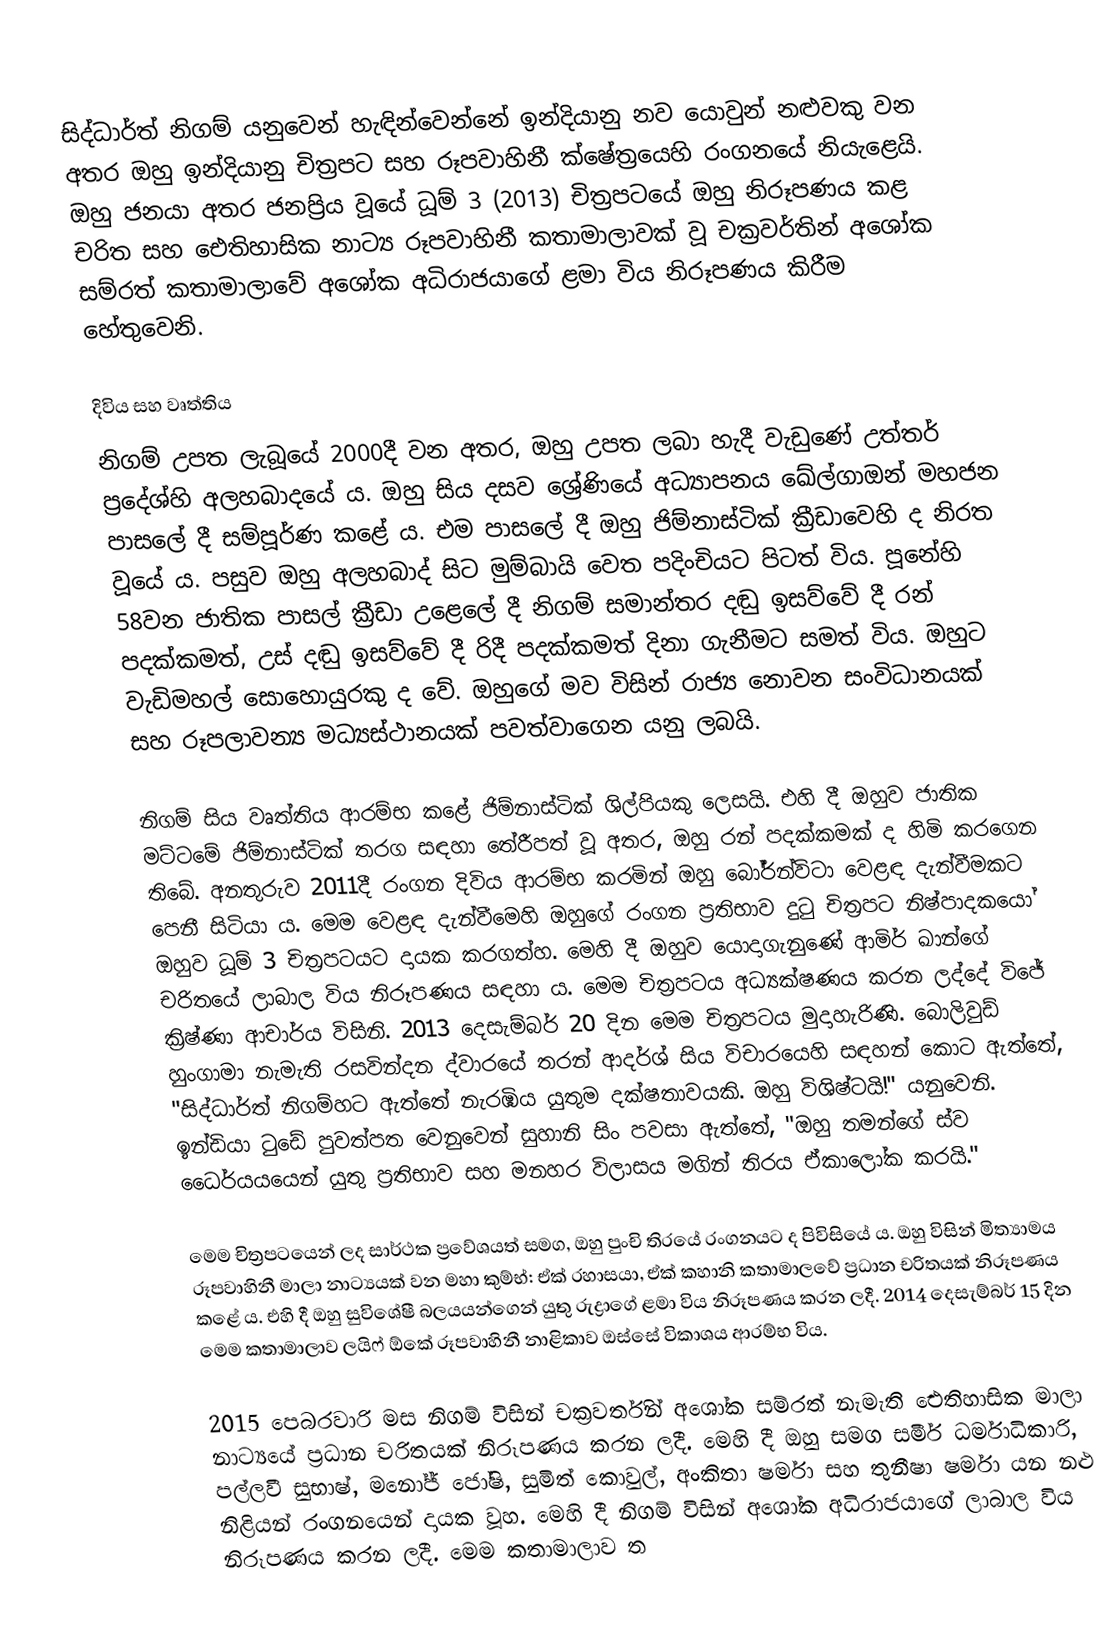
සිද්ධාර්ත් නිගම් යනුවෙන් හැඳින්වෙන්නේ ඉන්දියානු නව යොවුන් නළුවකු වන අතර ඔහු ඉන්දියානු චිත්‍රපට සහ රූපවාහිනී ක්ෂේත්‍රයෙහි රංගනයේ නියැළෙයි. ඔහු ජනයා අතර ජනප්‍රිය වූයේ ධූම් 3 (2013) චිත්‍රපටයේ ඔහු නිරූපණය කළ චරිත සහ ඓතිහාසික නාට්‍ය රූපවාහිනී කතාමාලාවක් වූ චක්‍රවර්තින් අශෝක සම්රත් කතාමාලාවේ අශෝක අධිරාජයාගේ ළමා විය නිරූපණය කිරීම හේතුවෙනි.

දිවිය සහ වෘත්තිය
නිගම් උපත ලැබූයේ 2000දී වන අතර, ඔහු උපත ලබා හැදී වැඩුණේ උත්තර් ප්‍රදේශ්හි අලහබාදයේ ය. ඔහු සිය දසව ශ්‍රේණියේ අධ්‍යාපනය ඛේල්ගාඔන් මහජන පාසලේ දී සම්පූර්ණ කළේ ය. එම පාසලේ දී ඔහු ජිම්නාස්ටික් ක්‍රීඩාවෙහි ද නිරත වූයේ ය. පසුව ඔහු අලහබාද් සිට මුම්බායි වෙත පදිංචියට පිටත් විය. පූනේහි 58වන ජාතික පාසල් ක්‍රීඩා ‍උළෙලේ දී නිගම් සමාන්තර දඬු ඉසව්වේ දී රන් පදක්කමත්, උස් දඬු ඉසව්වේ දී රිදී පදක්කමත් දිනා ගැනීමට සමත් විය. ඔහුට වැඩිමහල් සොහොයුරකු ද වේ. ඔහුගේ මව විසින් රාජ්‍ය නොවන සංවිධානයක් සහ රූපලාවන්‍ය මධ්‍යස්ථානයක් පවත්වාගෙන යනු ලබයි.

නිගම් සිය වෘත්තිය ආරම්භ කළේ ජිම්නාස්ටික් ශිල්පියකු ලෙසයි. එහි දී ඔහුව ජාතික මට්ටමේ ජිම්නාස්ටික් තරග සඳහා තේරීපත් වූ අතර, ඔහු රන් පදක්කමක් ද හිමි කරගෙන තිබේ. අනතුරුව 2011දී රංගන දිවිය ආරම්භ කරමින් ඔහු බෝර්න්විටා වෙළඳ දැන්වීමකට පෙනී සිටියා ය. මෙම වෙළඳ දැන්වීමෙහි ඔහුගේ රංගන ප්‍රතිභාව දුටු චිත්‍රපට නිෂ්පාදකයෝ ඔහුව ධූම් 3 චිත්‍රපටයට දායක කරගත්හ. මෙහි දී ඔහු‍ව යොදාගැනුණේ ආමිර් ඛාන්ගේ චරිතයේ ලාබාල විය නිරූපණය සඳහා ය. මෙම චිත්‍රපටය අධ්‍යක්ෂණය කරන ලද්දේ විජේ ක්‍රිෂ්ණා ආචාර්ය විසිනි. 2013 දෙසැම්බර් 20 දින මෙම චිත්‍රපටය මුදාහැරිණි. බොලිවුඩ් හුංගාමා නැමැති රසවින්දන ද්වාරයේ තරන් ආදර්ශ් සිය විචාරයෙහි සඳහන් කොට ඇත්තේ, "සිද්ධාර්ත් නිගම්හට ඇත්තේ නැරඹිය යුතුම දක්ෂතාවයකි. ඔහු විශිෂ්ටයි!" යනුවෙනි. ඉන්ඩියා ටුඩේ පුවත්පත වෙනුවෙන් සුහානි සිං පවසා ඇත්තේ, "ඔහු තමන්ගේ ස්ව ධෛර්යයයෙන් යුතු ප්‍රතිභාව සහ මනහර විලාසය මගින් තිරය ඒකාලෝක කරයි."

මෙම චිත්‍රපටයෙන් ලද සාර්ථක ප්‍රවේශයත් සමග, ඔහු පුංචි තිරයේ රංගනයට ද පිවිසියේ ය. ඔහු විසින් මිත්‍යාමය රූපවාහිනී මාලා නාට්‍යයක් වන මහා කුම්භ්: ඒක් රහාසයා, ඒක් කහානි කතාමාලවේ ප්‍රධාන චරිතයක් නිරූපණය කළේ ය. එහි දී ඔහු සුවිශේෂී බලයයන්ගෙන් යුතු රුද්‍රාගේ ළමා විය නිරූපණය කරන ලදී. 2014 දෙසැම්බර් 15 දින මෙම කතාමාලාව ලයිෆ් ඕකේ රූපවාහිනී නාළිකාව ඔස්සේ විකාශය ආරම්භ විය.

2015 පෙබරවාරි මස නිගම් විසින් චක්‍රවර්තින් අශෝක සම්රත් නැමැති ඓතිහාසික මාලා නාට්‍යයේ ප්‍රධාන චරිතයක් නිරූපණය කරන ලදී. මෙහි දී ඔහු සමග සමීර් ධර්මාධිකාරි, පල්ලවී සුභාෂ්, ම‍නෝජ් ජෝෂි, සුමිත් කොවුල්, අංකිතා ෂර්මා සහ තුනීෂා ෂර්මා යන නළු නිළියන් රංගනයෙන් දායක වූහ. මෙහි දී නිගම් විසින් අශෝක අධිරාජයාගේ ලාබාල විය නිරූපණය කරන ලදී. මෙම කතාමාලාව ත